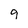
Character: 9